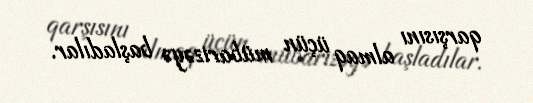
qarşısını almaq üçün mübarizəyə başladılar.